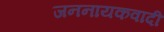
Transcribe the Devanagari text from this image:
जननायकवादी